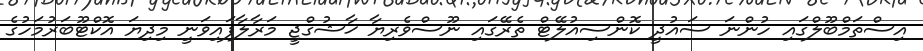
އިސްތަމްބޫލްގައި ހުންނަ ސައުދީ ކޮންސިއުލޭޓް ތެރޭގައި ނޫސްވެރިޔާ ޚާޝުގްޖީ މަރާލާފައިވަނީ މިދިޔަ އޮކްޓޫބަރުމަހުގެ